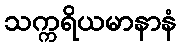
သက္ကရိယမာနာနံ